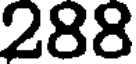
288